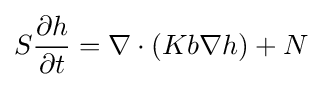
S{\frac {\partial h}{\partial t}}=\nabla \cdot (Kb\nabla h)+N